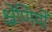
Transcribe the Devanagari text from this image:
क्ष्रेणियों